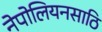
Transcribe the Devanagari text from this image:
नेपोलियनसाठि